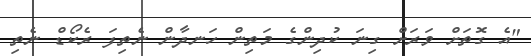
"އެ ގޮތަށް ވަރަށް ގިނަ ކުދިންގެ މަތިން ހަނދާން ނެތިފަ ރެކޯޑް ނެތި